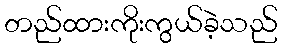
တည်ထားကိုးကွယ်ခဲ့သည်